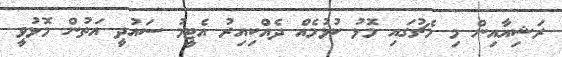
ރަޝިއާއިން މި މެޗުގައި މޮޅު ކުޅުމެއް ދެއްކިއިރު އެޓީމު ސައުދީ އަތުން މޮޅުވީ